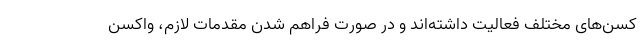
کسن‌های مختلف فعالیت داشته‌اند و در صورت فراهم شدن مقدمات لازم، واکسن